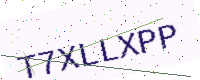
Text: T7XLLXPP